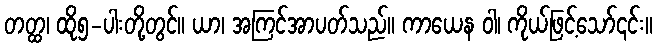
တတ္ထ၊ ထို၅-ပါးတို့တွင်။ ယာ၊ အကြင်အာပတ်သည်။ ကာယေန ဝါ၊ ကိုယ်ဖြင့်သော်၎င်း။